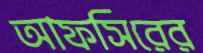
আফসিরের